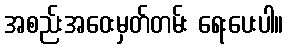
အစည်းအဝေးမှတ်တမ်း ရေးပေးပါ။